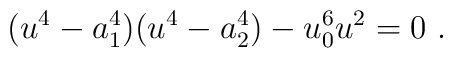
(u^4-a_1^4)(u^4- a_2^4)-u_0^6u^2=0 ~.